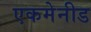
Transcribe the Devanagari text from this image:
एकमेनीड